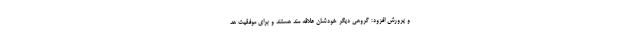
و پرورش افزود: گروهی دیگر خودشان علاقه مند هستند و برای موفقیت هد